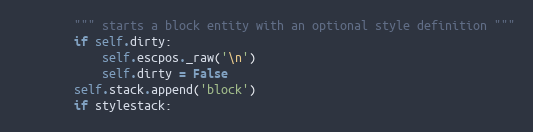
Language: Python
        """ starts a block entity with an optional style definition """
        if self.dirty:
            self.escpos._raw('\n')
            self.dirty = False
        self.stack.append('block')
        if stylestack: